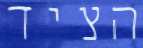
הציד